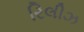
રિલીઝ